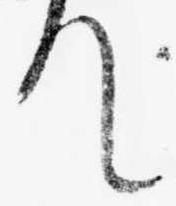
て